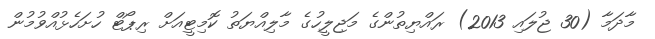
މާދަމާ (30 ޖުލައި 2013) ރައްޔިތުންގެ މަޖިލީހުގެ މާލިއްޔަތު ކޮމިޓީއަށް ރިޕޯޓް ހުށަހެޅުއްވުމުން